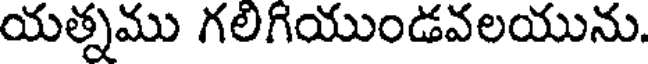
యత్నము గలిగియుండవలయును.